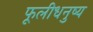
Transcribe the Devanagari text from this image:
फूलीधनुष्य